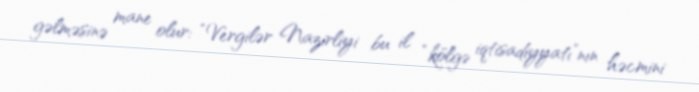
gəlməsinə mane olur: “Vergilər Nazirliyi bu il “kölgə iqtisadiyyatı”nın həcmini